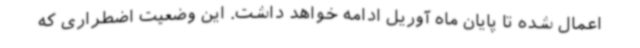
اعمال شده تا پایان ماه آوریل ادامه خواهد داشت. این وضعیت اضطراری که